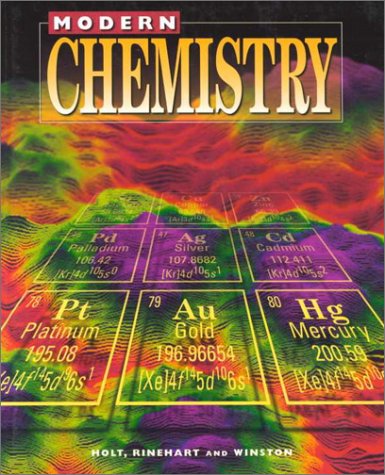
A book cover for Holt Modern Chemistry: Student Edition Grades 9-12 1999; RINEHART AND WINSTON HOLT; Children's Books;